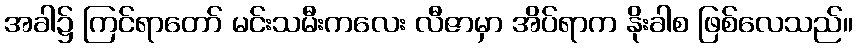
အခါ၌ ကြင်ရာတော် မင်းသမီးကလေး လီဇာမှာ အိပ်ရာက နိုးခါစ ဖြစ်လေသည်။